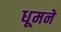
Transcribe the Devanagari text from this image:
धूमने